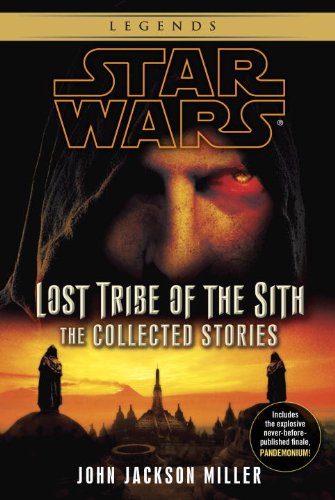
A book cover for Star Wars: Lost Tribe of the Sith - The Collected Stories (Star Wars: Lost Tribe of the Sith - Legends); John Jackson Miller; Science Fiction & Fantasy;